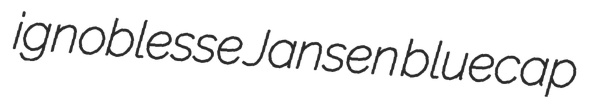
ignoblesse Jansen bluecap